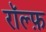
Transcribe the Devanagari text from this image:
रॉल्फ़